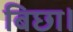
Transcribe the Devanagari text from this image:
बिछा।